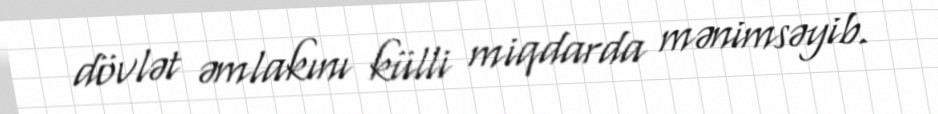
dövlət əmlakını külli miqdarda mənimsəyib.